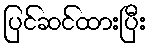
ပြင်ဆင်ထားပြီး